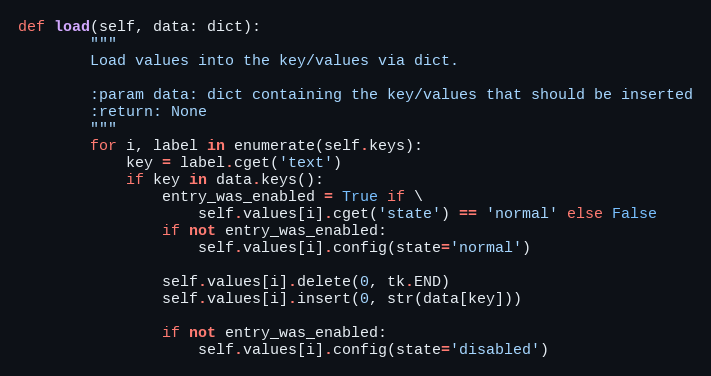
Language: Python
def load(self, data: dict):
        """
        Load values into the key/values via dict.

        :param data: dict containing the key/values that should be inserted
        :return: None
        """
        for i, label in enumerate(self.keys):
            key = label.cget('text')
            if key in data.keys():
                entry_was_enabled = True if \
                    self.values[i].cget('state') == 'normal' else False
                if not entry_was_enabled:
                    self.values[i].config(state='normal')

                self.values[i].delete(0, tk.END)
                self.values[i].insert(0, str(data[key]))

                if not entry_was_enabled:
                    self.values[i].config(state='disabled')